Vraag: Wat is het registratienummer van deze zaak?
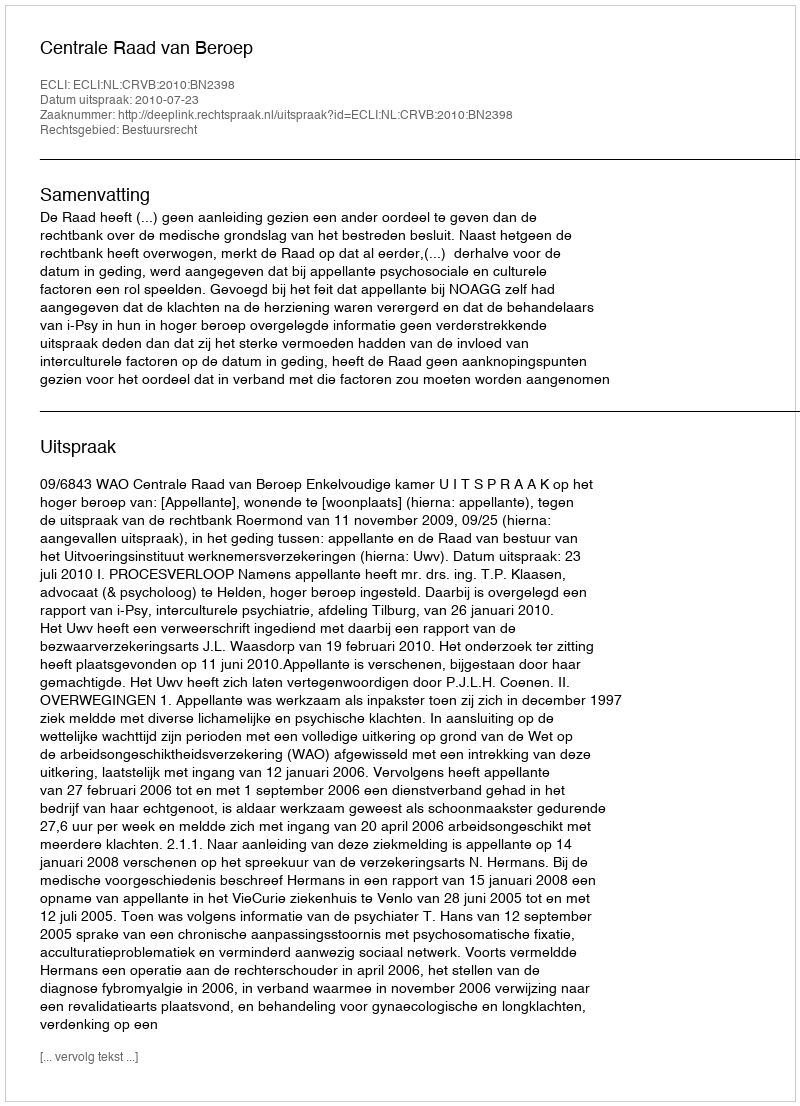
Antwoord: http://deeplink.rechtspraak.nl/uitspraak?id=ECLI:NL:CRVB:2010:BN2398